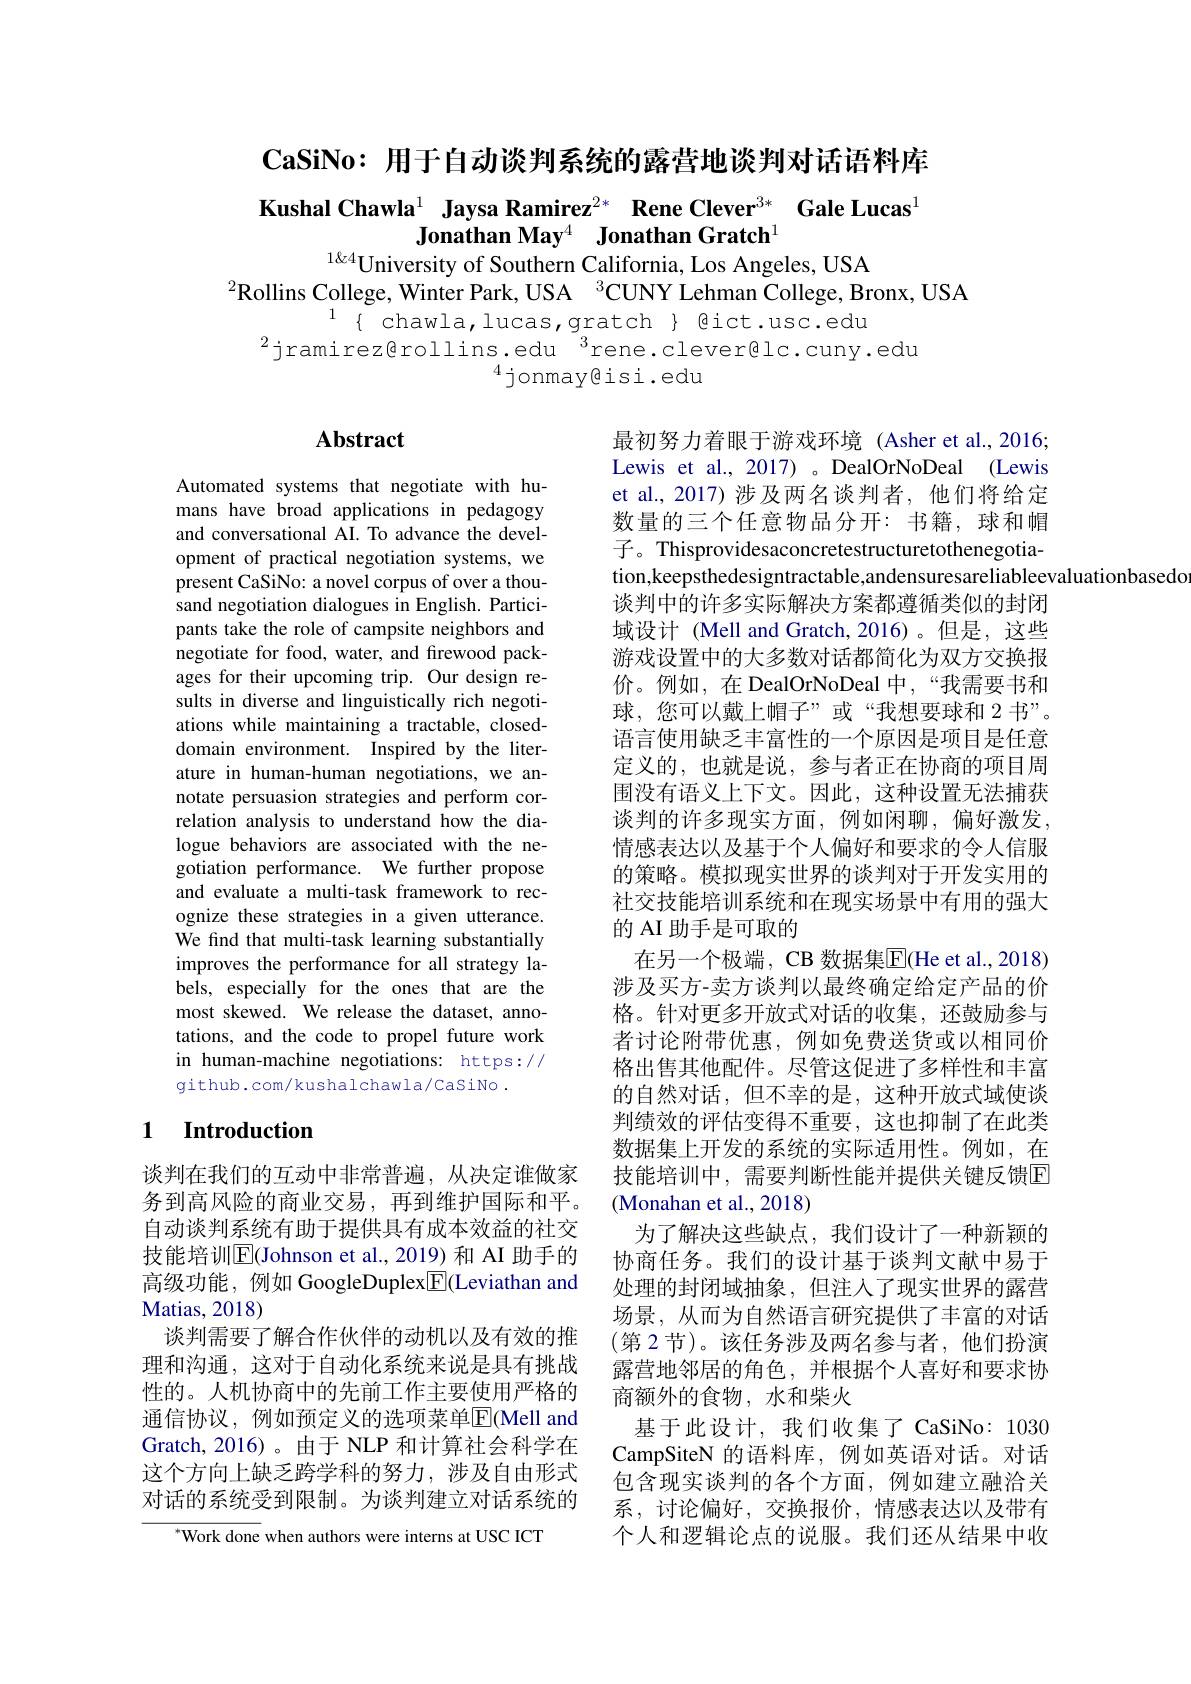
$\textbf{CaSiNo: 用 于 自 动 谈 判 系 统 的 露 营 地 谈 判 对 话 语 料 库 }$

Kushal Chawla$^{1}$ Jaysa Ramirez$^{2*}$ Rene Clever$^{3*}$ Gale Lucas$^{1}$
Jonathan May$^4\textbf{ Jonathan Gratch}^{1}$
$^{1\&4}$University of Southern California, Los Angeles, USA

$^{2}$Rollins College, Winter Park, USA $^3$CUNY Lehman College, Bronx, USA
$^{1}\{$chawla,lucas,gratch$\}$@ict.usc.edu

$^{2}$jramirez@rollins.edu$^{3}$rene.clever@lc.cuny.edu
$^{4}$jonmay@isi.edu

## Abstract

Automated systems that negotiate with humans have broad applications in pedagogy and conversational AI. To advance the development of practical negotiation systems, we present CaSiNo: a novel corpus of over a thousand negotiation dialogues in English. Participants take the role of campsite neighbors and negotiate for food, water, and firewood packages for their upcoming trip. Our design results in diverse and linguistically rich negotiations while maintaining a tractable, closeddomain environment. Inspired by the literature in human-human negotiations, we annotate persuasion strategies and perform correlation analysis to understand how the dialogue behaviors are associated with the negotiation performance. We further propose and evaluate a multi-task framework to recognize these strategies in a given utterance. We find that multi-task learning substantially improves the performance for all strategy labels, especially for the ones that are the most skewed. We release the dataset, annotations, and the code to propel future work in human-machine negotiations: https:// github.com/kushalchawla/caSiNo .

最初努力着眼于游戏环境 (Asher et al.,20163 Lewis et al., 2017) 。DealOrNoDeal (Lewis et al.,2017)涉及两名谈判者，他们将给定数量的三个任意物品分开：书籍，球和帽子。Thisprovidesaconcretestructuretothenegotiation,keepsthedesigntractable,andensuresareliableevaluationbasedo
谈判中的许多实际解决方案都遵循类似的封闭域设计 (Mell and Gratch,2016)。但是，这些游戏设置中的大多数对话都简化为双方交换报价。例如，在 DealOrNoDeal 中，“我需要书和球，您可以戴上帽子”或“我想要球和 2书”。语言使用缺乏丰富性的一个原因是项目是任意定义的，也就是说，参与者正在协商的项目周围没有语义上下文。因此，这种设置无法捕获谈判的许多现实方面，例如闲聊，偏好激发， 情感表达以及基于个人偏好和要求的令人信服的策略。模拟现实世界的谈判对于开发实用的社交技能培训系统和在现实场景中有用的强大的 AI 助手是可取的
在另一个极端，CB 数据集$\overline{\mathrm{E}}($He et al.,2018) 涉及买方-卖方谈判以最终确定给定产品的价格。针对更多开放式对话的收集，还鼓励参与者讨论附带优惠，例如免费送货或以相同价格出售其他配件。尽管这促进了多样性和丰富的自然对话，但不幸的是，这种开放式域使谈判绩效的评估变得不重要，这也抑制了在此类数据集上开发的系统的实际适用性。例如，在技能培训中，需要判断性能并提供关键反馈$\mathbb{E}$ (Monahan et al., 2018)
为了解决这些缺点，我们设计了一种新颖的协商任务。我们的设计基于谈判文献中易于处理的封闭域抽象，但注人了现实世界的露营场景，从而为自然语言研究提供了丰富的对话(第 2节)。该任务涉及两名参与者，他们扮演露营地邻居的角色，并根据个人喜好和要求协商额外的食物，水和柴火
基于此设计，我们收集了 CaSiNo: 1030 CampSiteN 的语料库，例如英语对话。对话包含现实谈判的各个方面，例如建立融洽关系，讨论偏好，交换报价，情感表达以及带有个人和逻辑论点的说服。我们还从结果中收

### 1 $\textbf{Introduction}$

谈判在我们的互动中非常普遍，从决定谁做家务到高风险的商业交易，再到维护国际和平。自动谈判系统有助于提供具有成本效益的社交技能培训$\overline{\mathrm{E}}($Johnson et al.,2019)和 AI 助手的高级功能，例如 GoogleDuplex$\boxed{\mathrm{F}}($Leviathan and Matias, 2018)
谈判需要了解合作伙伴的动机以及有效的推理和沟通，这对于自动化系统来说是具有挑战性的。人机协商中的先前工作主要使用严格的通信协议，例如预定义的选项菜单$\operatorname{E}$(Mell and Gratch, 2016)。由于 NLP 和计算社会科学在这个方向上缺乏跨学科的努力，涉及自由形式对话的系统受到限制。为谈判建立对话系统的

${^{*}\mathrm{Work~done~when~authors~were~interns~at~USC~ICT}}$